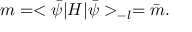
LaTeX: m = < \bar { \psi } | { \cal H } | \bar { \psi } > _ { - l } = \bar { m } .